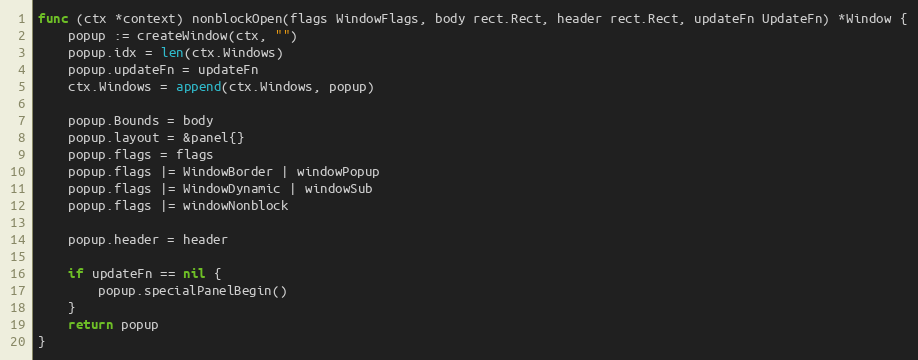
Language: Go
func (ctx *context) nonblockOpen(flags WindowFlags, body rect.Rect, header rect.Rect, updateFn UpdateFn) *Window {
	popup := createWindow(ctx, "")
	popup.idx = len(ctx.Windows)
	popup.updateFn = updateFn
	ctx.Windows = append(ctx.Windows, popup)

	popup.Bounds = body
	popup.layout = &panel{}
	popup.flags = flags
	popup.flags |= WindowBorder | windowPopup
	popup.flags |= WindowDynamic | windowSub
	popup.flags |= windowNonblock

	popup.header = header

	if updateFn == nil {
		popup.specialPanelBegin()
	}
	return popup
}